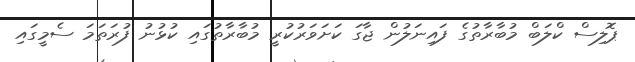
ޕޮލިސް ކްލަބް މުބާރާތުގެ ފައިނަލުން ޖާގަ ކަށަވަރުކުރީ މުބާރާތުގައި ކުޅުނު ފުރަތަމަ ސެމީގައި